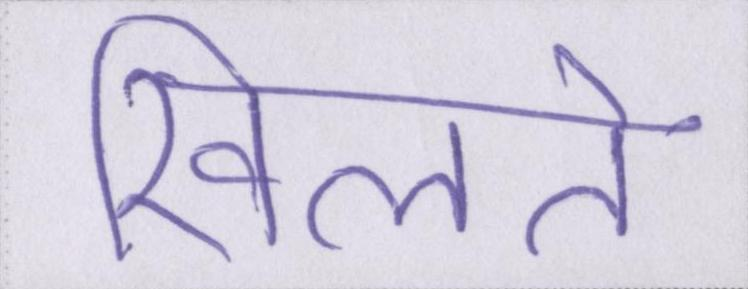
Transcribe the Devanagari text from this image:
खिलते